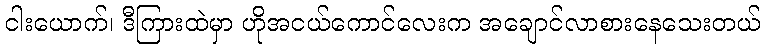
ငါးယောက်၊ ဒီကြားထဲမှာ ဟိုအငယ်ကောင်လေးက အချောင်လာစားနေသေးတယ်